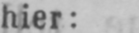
hier: